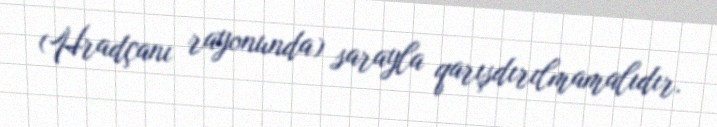
(Hradçanı rayonunda) sarayla qarışdırılmamalıdır.